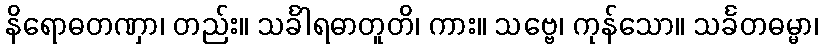
နိရောဓတဏှာ၊ တည်း။ သင်္ခါရဓာတူတိ၊ ကား။ သဗ္ဗေ၊ ကုန်သော။ သင်္ခတဓမ္မာ၊